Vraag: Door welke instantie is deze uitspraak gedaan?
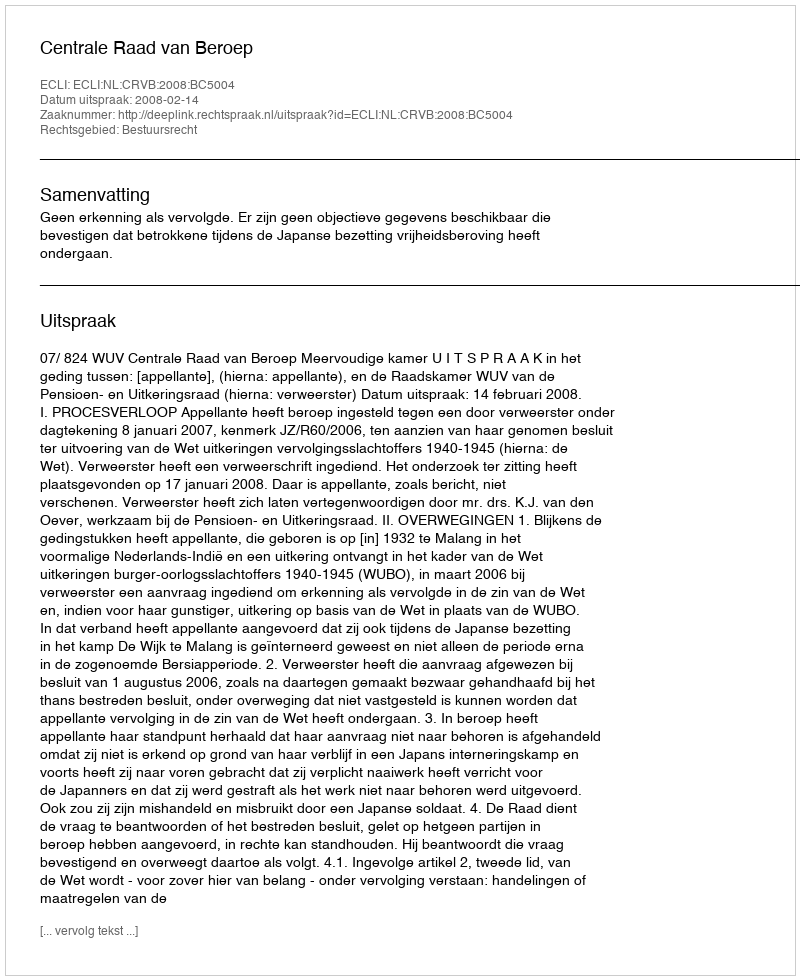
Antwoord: Centrale Raad van Beroep